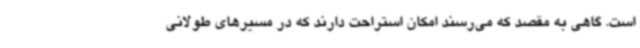
است. گاهی به مقصد که می‌رسند امکان استراحت دارند که در مسیرهای طولانی